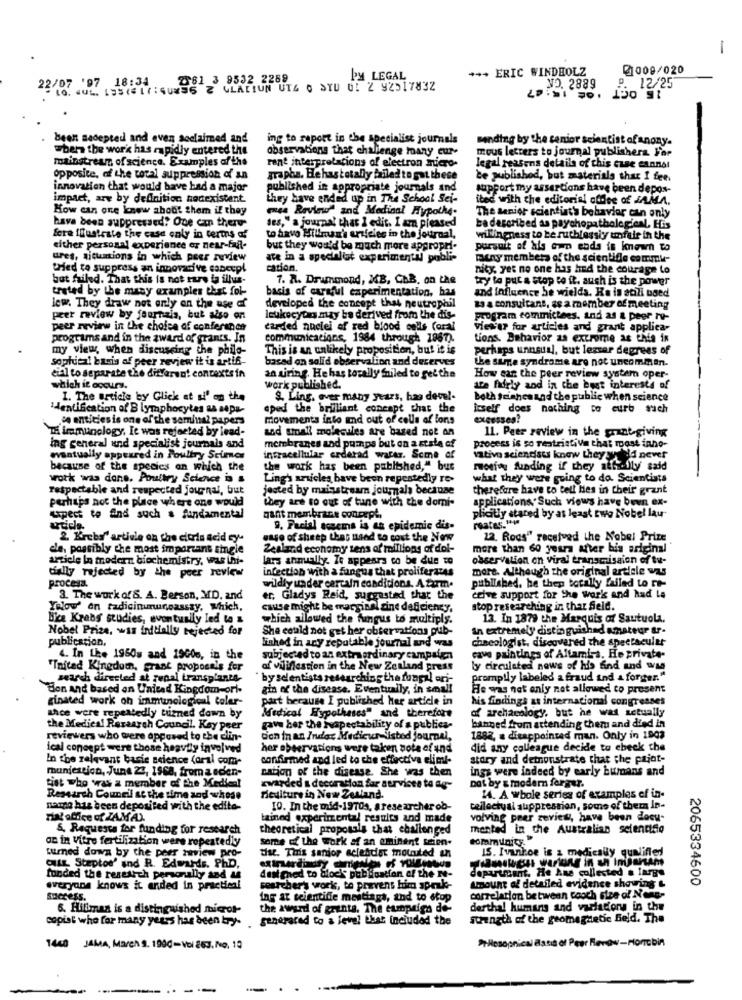
-
+++ ERIC WINDHOLZ
Ø1009/020
Z61 3 9532 2289
by LEGAL
=10. 001. 195(#17:40436 2 GLACIUN UT4 0 DYD 0: 2 92017832
197 18:34
NO. 2889
P. 12/25
been nadepted and even acclaimed and
ing to report in the specialist journals
sending by the senior scientist of anony.
when the wor'k has rapidly entered the
Observations that challenge many cur-
mous letters to journal publishera Far
mainstream of science. Examples of the
rent interpretations of electron micro-
legal reasons details of this case cannot
opposite, of the total suppression of an
grapos. Hehastotally failed to gat these
be published, but materials that I fee.
innovation that would have had a major
published in appropriate journals and
support my assertions have been depos-
impact, are by definition nedexistent
they have ended up in The School Sei-
ited with che editorial ofdog of JAMA.
How can one knew about them if they
mes Reviews and Medical Hypothe-
The senior scientist's behavior can only
have been suppressed! One con there-
des," a journal that I edit. I am pleased
be described as psychopathological, His
fere flustrate the case only in terms of
to havo Hillman's erifeles in the journal,
willingness to be ruthlessiy unfile in the
either personal experience or near-ful-
but they would be much more appropri-
pursuit of his own enda is known to
ures, situations in which peer review
are in a specialist experimental pobli-
miny members of the scientific commu-
tried to suppress an innovative cancepl
cation.
nicy, yet no one has had the courage to
but failed. That this is not rare ia illus-
7. R. Drummond, MB, ChB, on the
try to put a stop to it. auch is the power
trated by the many examples that fol-
basis of careful experimentation, has
and influence be wielda. Ka is stili boed
lew They draw not only on the age of
developed the concept that neutrophil
as a consultant, as a member of meeting
peer review by fournais, but also on
leukocycas may be derived from the dis-
program committees. and as a peer ro-
peer review in the choice of conferance
carded andlei of red blood cells (oral
viewer for articles and grant applica-
programs and in the award of grants. In
communications, 1984 through 1967).
tions. Behavior as extreme as this in
my view when discussing the philo-
This is an unlikely proposition, but it is
perhaps unusual, but lezser degrees of
soplicai basis of peer review it is artif-
based on solid observation and deserves
the same syndrome are not uncommon.
eial to separate the different contextsin
an uiring. He has totally failed to get the
How can the peer review system oper-
which it occurs.
work published.
tre fairly and in the bagt interests of
1. The article by Glick at si' on the
$. Ling. over many years, has devel-
both Seiches and the public when science
Identification of B lymphocytes as sepa-
eped the brilliant concept that the
itself does nothing to curb such
ce entities is one of the seminal papers
movements into md out of cells of ions
TE immunology, It was rejected by lead-
and small molecules are based not an
11. Peer review in the grant-giving
ing general und specialist journals and
membranes and pumps but on a state of
process is so restrictive that most inho-
eventually appeared in Poultry Science
intracellular erderad warez. Some of
vativo scientists know they willd never
because of the species an which the
the work has been published," bur
motivy funding if they att &fly said
work was done, Poultry Science in &
Ling's articles have been repeatedly re-
what they were going to do. Scientists
respectable and respected journal, but
jested by mainstream journals because
therefore have to tell lies in their grant
perhaps not the place where one would
they are so out of tune with the domi-
applications Such views have been ex-
Lipert to End such a fundamental
gant membrane concept.
reates."w
plicitly stared by at least Ewo Nobel lau-
9. Facial sosems is an epidemic dis-
2. Krebs' article on the citrin acid cy-
case of sheep that need to cout the Now
12. Rods" received the Nobel Prize
de, possibly the most important single
Zealand economy tens of millions of dol-
more than 60 years after bis ariginal
article In modern biochemistry, was thi-
lars annually. It appears to be due to
observation on viral transmission of tu-
infection with a fungus that proliferates
more. Although the original article was
tially rejected by the peer review
published. he thep bocally failed to re-
procesa.
wildly under certain conditions. A tarm.
3. The work of S. A. Berson, MD, and
er, Gladys Reid, suggested that the
ctive support for the works and had La
Yalow' en radicinuruncasszy, which,
cause might be marginel zine deficiency,
top researching in that Sele.
Bice Krabs studies, eventually led to
which allowed the fungus to multiply.
13. In 1879 the Marquis of Sautuola.
Nobel Prize, was irdtially rejected for
She could not get her observations pub-
an extremely distinguished amateur ar-
publication,
linked in any reputable journal and was
cheeologist, discovered the spectacular
4. In LE. 1960s and 19006, in the
subjected to an extraordinary campaign
cave paintings of Altamis. He private-
"Inited Kingdom, grant proposals for
of viliflestion in the New Zealand press
ly circulated news of his find and wag
search directed at renal transplants-
` by selentists researching the fungal ori-
promptly labeled a fraud ind & forger."
Bon and based on United Kingdom-ort-
gin of the disease. Eventually, in small
He was not only not allowed to present
ginated work on immunologionl taler-
part because I published her article in
his findings at international congresses
of archaeology, but he was actually
ahce were repeatedly turned down by
Medical Hypotheses" and therefore
the Medical Research Council. Kay peer
gave ber the hvapectability of a publica-
banned from attending them and died in
reviewers who were opposed to the clin-
Con in an Inder Medicun listed Journal,
1882, a disappointed man. Only in 1903
ical concept were those heavily involved
her observations were taken nota of and
did any colleague decide to check the
In the relevant basic science (oral com-
confirmed and led to che effectiva eliml-
story and demonstrate that the pajat-
munjestich, June 23, 1968, from a soen-
carion of the disease. She was then
ings were indeed by early humans and
tist who was a member of the Medical
awarded s decoration for services to as-
Dat by & modern ferger.
Research Council at the time and whose
Piediture in New Zealand.
1. A whole series of examples of in-
namco has been deposited with the edite-
10. In the mid-1970s, a researcher ob-
cellactual suppression, some of them In-
Fin! office of ZAMAN
tained experimental results and made
volving peer review, have been docu-
&, Requests for funding for research
theoretical proposals that challenged
mented in the Australian scientiso
an in Vitro fertilization were repeatedly
Some of the work of an eminent seien.
community
turned down by the peer review pro-
IS. Ivanhoe is a medically qualified
tist. This senior scientist mouuted an
Cut Steptoe' and R. Edwards. PhD,
department. He Are collected a large
funded the research personally and &
designed to block publication of the me-
2065334600
everyone knows it ended in practical
searchers works, to prevent him speak-
umount of detailed evidence showing &
success,
ing at scientiffe maitiags, and to stop
correlation between cooch size of Nong-
6. Hillman is a distinguished microt-
the award of grants. The campaign de-
derthal humang and variations in the
copiat who for many years has been bry-
generated to a level that inciudad the
suunath of the geomagnetic field. The
*Hesopnical assis of Peer Revieww-Hor bin
1460 JAMA, March S. 1990- Vol 863. No, 10